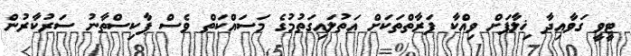
ޓީވީ ގަވާއިދާ ޚިލާފަށް ވިއްކާ ފަރާތްތަކަށް އަތުލައިގަތުމުގެ މަސައްކަތް ވެސް ޕާކިސްތާނު ސަރުކާރުން